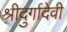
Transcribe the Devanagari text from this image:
श्रीदुर्गादेवी